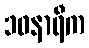
၁၀နာရီက